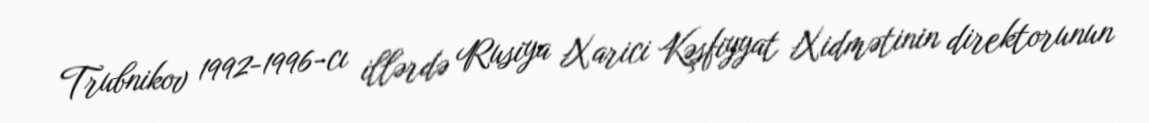
Trubnikov 1992-1996-cı illərdə Rusiya Xarici Kəşfiyyat Xidmətinin direktorunun